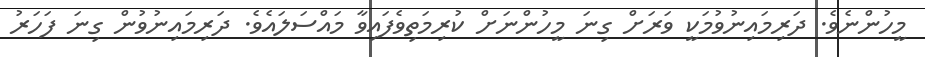
މީހުންނެވެ. ދަރިމައިނުވުމަކީ ވަރަށް ގިނަ މީހުންނަށް ކުރިމަތިވެފައިވާ މައްސަލައެވެ. ދަރިމައިނުވުން ގިނަ ފަހަރު